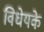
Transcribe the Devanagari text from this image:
विधेयके